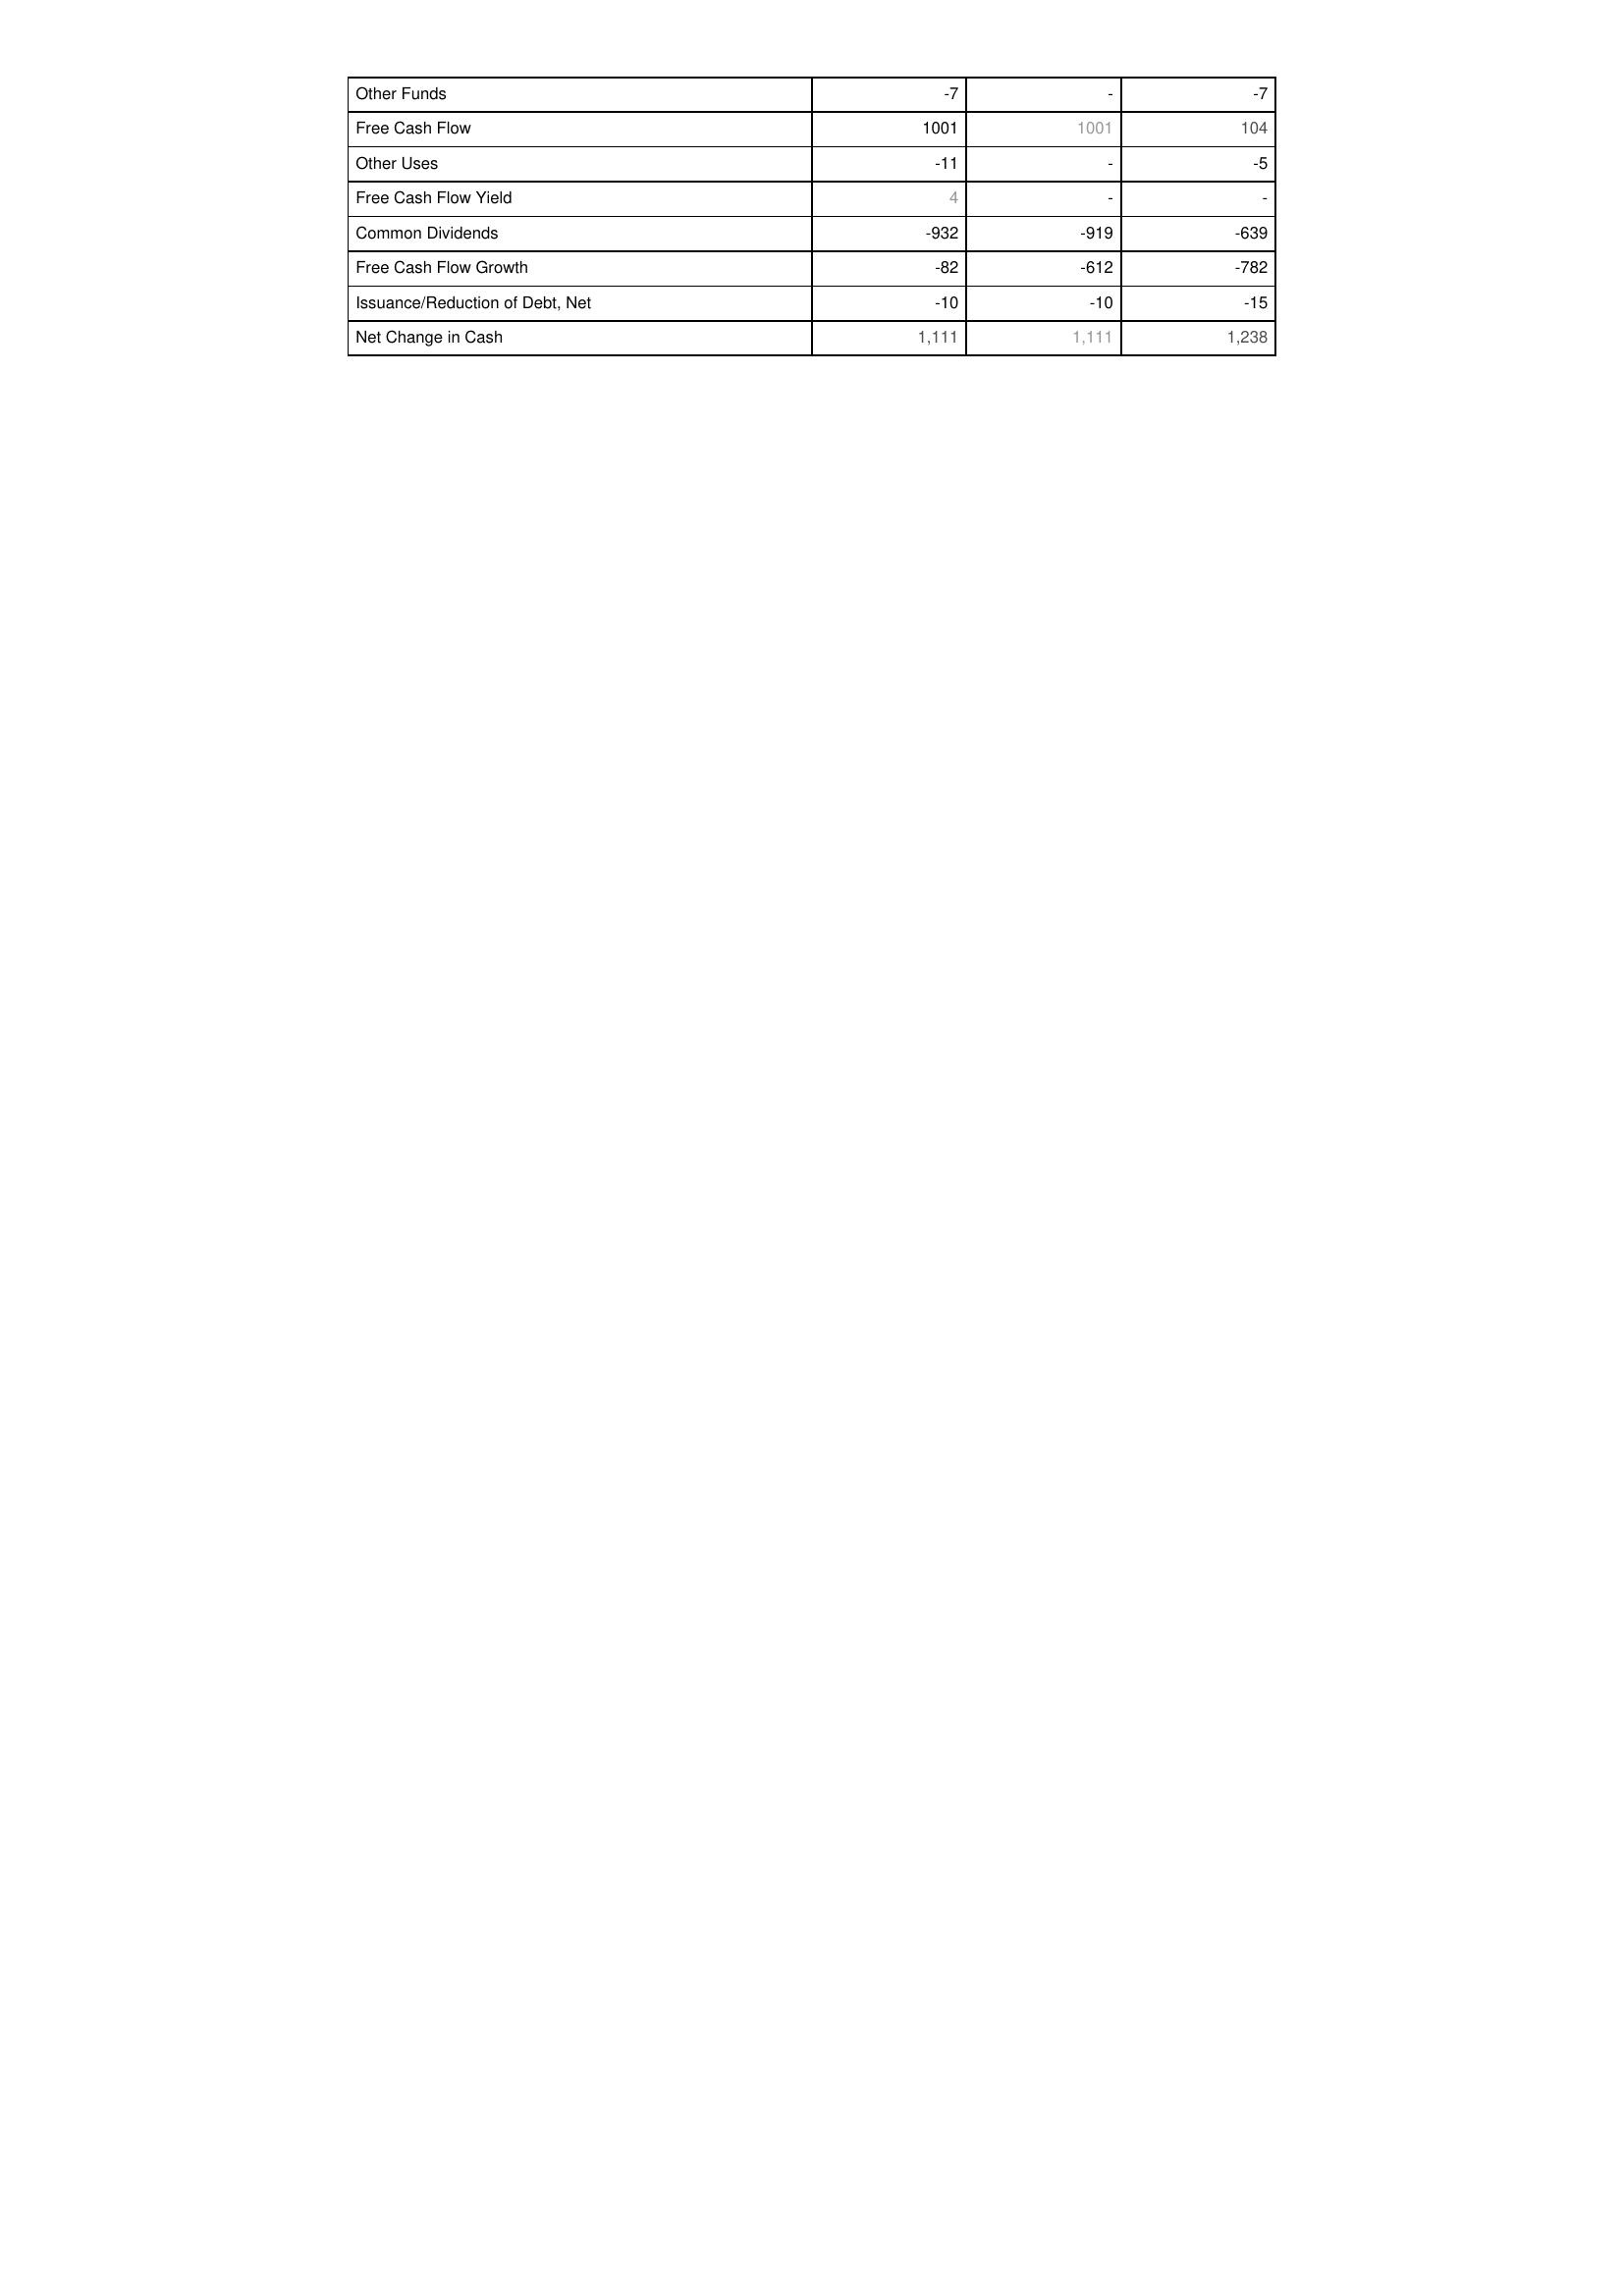
2018: Financing Activities: Other Funds: -7
Free Cash Flow: 1001
Other Uses: -11
Free Cash Flow Yield: 4
Common Dividends: -932
Free Cash Flow Growth: -82
Issuance/Reduction of Debt, Net: -10
Net Change in Cash: 1,111
2017: Financing Activities: Other Funds: -
Free Cash Flow: 1001
Other Uses: -
Free Cash Flow Yield: -
Common Dividends: -919
Free Cash Flow Growth: -612
Issuance/Reduction of Debt, Net: -10
Net Change in Cash: 1,111
2016: Financing Activities: Other Funds: -7
Free Cash Flow: 104
Other Uses: -5
Free Cash Flow Yield: -
Common Dividends: -639
Free Cash Flow Growth: -782
Issuance/Reduction of Debt, Net: -15
Net Change in Cash: 1,238